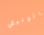
كاثوليكي